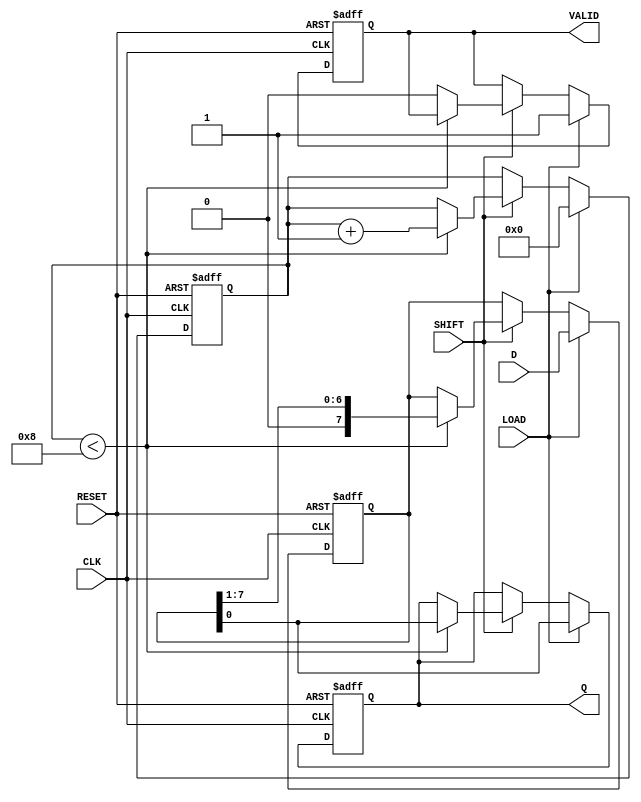
module PISO #(parameter N = 8) (
    input  wire [N-1:0] D,       // Parallel data input
    input  wire LOAD,             // Load signal
    input  wire SHIFT,            // Shift signal
    input  wire CLK,              // Clock signal
    input  wire RESET,            // Reset signal
    output reg  Q,                // Serial output
    output reg  VALID             // Shifted data valid signal
);

    reg [N-1:0] SR;               // Internal shift register
    reg [3:0] shift_count;        // Counter to track shifts

    always @(posedge CLK or posedge RESET) begin
        if (RESET) begin
            SR <= {N{1'b0}};       // Clear the shift register
            Q <= 1'b0;            // Clear the serial output
            VALID <= 1'b0;        // Clear the valid signal
            shift_count <= 4'd0;   // Reset the shift count
        end else begin
            if (LOAD) begin
                SR <= D;           // Load parallel data into the shift register
                Q <= SR[0];       // Output the LSB
                VALID <= 1'b1;    // Set valid signal
                shift_count <= 4'd0; // Reset shift count
            end else if (SHIFT) begin
                // Shift operation
                if (shift_count < N) begin
                    Q <= SR[0];     // Output the LSB
                    SR <= {1'b0, SR[N-1:1]}; // Shift right
                    shift_count <= shift_count + 1; // Increment shift count
                end else begin
                    VALID <= 1'b0; // No valid data after all shifts
                end
            end
        end
    end

endmodule